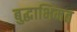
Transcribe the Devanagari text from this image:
बुद्धाभिमत